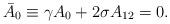
LaTeX: \begin{align*}\bar{A}_0\equiv \gamma A_0+2\sigma A_{12}=0.\end{align*}